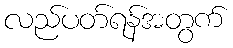
လည်ပတ်ရန်အတွက်